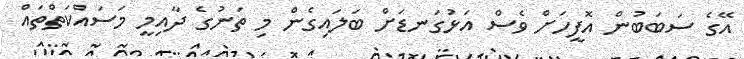
އޭގެ ސަބަބުން އޮފީހަށް ވެސް އަޅުގަނޑަށް ބަލައިގެން މި ތަނުގެ ދާއިމީ މަސައްކަތްތައް